Report on vaccination in the Province of Bengal - 1869-1873
Year: 1869
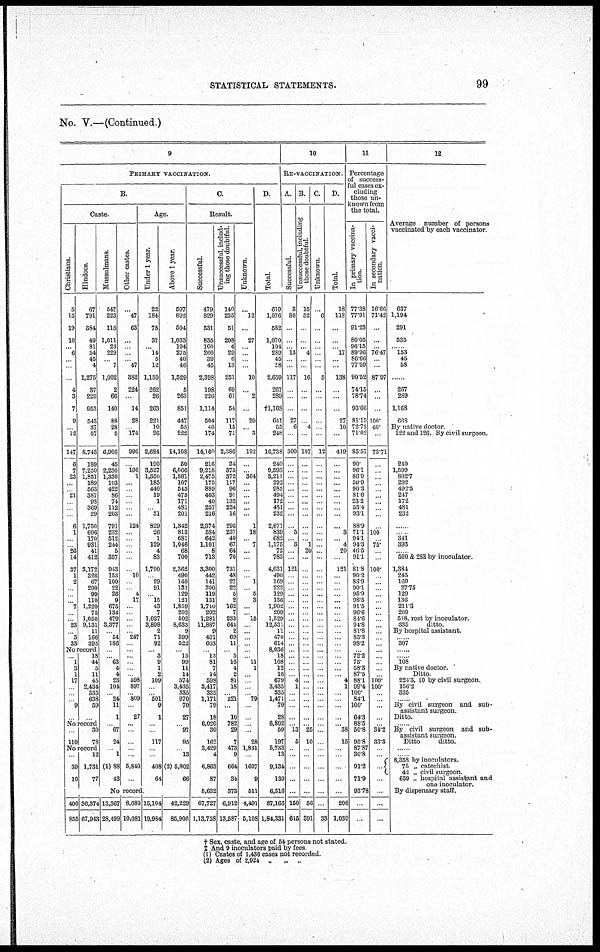
STATISTICAL STATEMENTS.
99
No. V.—(Continued.)
9
PRIMARY VACCINATION.
B.
Caste.
Christians.
5
15
19
10
... 6
...
...
...
4
3
7
9
... 12
147
6
7
23
...
... 21
...
...
...
6
1
...
... 26
14
37
1
2
...
...
... 7
...
... 23
... 3
33
Hindoos.
67
791
384
49
81
54
45
4
1,275
87
220
953
543
37
57
8,743
189
7,250
1,851
189
563
387
98
369
29
1,750
606
170
931
41
412
3,172
326
67
200
99
110
1,220
75
1,050
9,131
11
166
395
No record
... 1
3
1
17
... ...
... 9
...
18
44
5
11
45
2,434
335
638
59
...
No record
...
110
30
78
No record
39
10
12
1,731
77
Mussulmans.
547
223
116
1,011
23
229
... 7
1,002
2
66
140
88
28
5
6,906
45
2,230
1,336
103
422
86
74
112
203
791
232
512
244
5
357
943
153
100
22
26
9
676
134
479
3,377
... 54
186
...
... 63
4
4
23
104
... 24
11
1
... 67
24
... 1
(1)88
43
Other castes.
...
47
63
...
...
...
... 47
382
224
...
14
28
... 174
996
...
106
1
...
...
...
...
...
...
124
...
...
...
...
...
...
10
...
... 4
17
...
...
...
...
... 247
...
...
...
...
...
... 598
897
... 809
...
27
...
...
...
...
...
5,840
...
Age.
Under 1 year.
22
184
78
37
... 14
5
12
1,130
262
26
263
221
10
26
2,684
190
3,527
1,350
185
440
19
1
... 31
829
26
1
129
4
83
1,790
... 29
91
... 15
43
7
1,027
3,898
2
71
92
... 3
9
1
2
109
... ... 501
9
1
...
...
117
...
...
408
64
Above 1 year.
597
892
504
1,033
104
275
40
46
1,529
5
263
851
447
55
222
14,108
50
6,066
1,861
107
545
476
171
481
201
1,842
813
681
1,046
68
700
2,362
490
140
131
129
121
1,859
202
602
8,633
9
399
522
... 15
99
11
14
574
3,435
335
970
70
27
... 97
95
... 13
(2) 5,802
66
No record.
400
855
36,374
67,948
13,367
28,499
8,680
10,081
15,104
19,984
42,229
85,906
C.
Result.
Successful.
479
829
531
835
100
260
39
45
2,398
198
226
1,114
504
40
174
14,160
216
9,218
2,475
175
889
403
40
257
216
2,374
584
642
1,101
8
713
3,300
442
141
200
119
131
1,740
202
1,281
11,887
9
401
603
... 13
81
7
14
598
3,417
335
1,171
79
18
6,020
30
162
3,429
4
6,863
87
5,632
67,727
1,13,758
Unsuccessful, includ-
ing those doubtful.
140
235
51
208
4
29
6
13
251
69
61
54
117
15
71
2,386
24
375
372
117
96
91
132
224
16
296
237
40
67
64
70
731
48
27
22
5
2
162
7
233
644
2
69
11
... 5
16
4
2
81
18
... 221
...
10
782
29
7
473
9
664
34
373
6,912
13,587
Unknown.
...
l2
...
27
...
...
...
...
10
...
2
...
20
... 3
192
...
... 364
...
...
...
...
...
...
1
18
... 7
...
...
...
... 1
... 5
3
...
... 15
...
...
...
...
...
... 11
1
...
...
... ... 79
...
...
... ...
28
1,831
...
1607
9
511
4,491
5,108
D.
Total.
619
1,076
582
1,070
104
289
45
58
2,659
267
289
†l,168
641
65
248
16,738
240
9,593
3,211
292
985
494
172
481
232
2,671
839
682
1,175
72
783
4,031
490
169
222
129
136
1,902
209
1,529
12,531
11
470
614
8,036
18
108
12
16
679
3,435
335
1,471
79
28
6,802
69
197
5,733
13
9,134
130
6,516
87,166
1,84,331
10
RE-VACCINATION.
A.
Successful.
3
80
...
...
... l3
...
...
117
...
...
...
27
6
...
300
...
...
...
...
...
...
...
...
...
...
3
... 3
...
...
121
...
...
...
...
...
...
...
...
...
...
...
...
...
...
...
...
... 4
1
...
...
...
...
... 13
5
...
...
...
...
...
150
615
B.
Unsuccessful, including
those doubtful
15
32
...
...
... 4
...
...
16
...
...
...
...
4
...
107
...
...
...
...
...
...
...
...
...
...
...
... 1
20
...
...
...
...
...
...
...
...
...
...
...
...
...
...
...
...
...
...
...
...
... ...
...
...
...
... 25
10
...
...
...
...
...
56
391
C.
Unknown.
...
6
...
...
...
...
...
...
5
...
...
...
...
...
...
12
...
...
...
...
...
...
...
...
...
...
...
...
...
...
...
...
...
...
...
...
...
...
...
...
...
...
...
...
...
...
...
...
...
...
... ...
...
...
...
...
...
...
...
...
...
...
...
...
33
D.
Total.
18
118
...
...
... 17
...
...
138
...
...
...
27
10
...
419
...
...
...
...
...
...
...
... ...
...
8
... 4
20
...
121
...
...
...
...
...
...
...
...
...
...
...
...
...
...
...
...
... 4
1
...
...
...
...
... 38
15
...
...
...
...
...
206
1,039
11
Percentage
of success-
ful cases ex-
cluding
those un-
known from
the total.
In primary vaccina-
tion.
77.38
77.91
91.23
80.05
96.15
89.96
86.66
77.59
90.52
74.15
78.74
93.66
81.15
72.72
71.02
85.57
90.
96.1
86.9
59.9
90.3
81.6
23.2
53.4
93.1
88.9
71.1
94.1
94.3
46.5
91.1
81.3
90.2
83.9
90.1
95.9
98.5
91.5
96.6
84.6
94.8
81.8
85.3
98.2
... 72.2
75.
68.3
87.5
88.1
99.4
100.
84.1
100.
64.3
88.5
60.8
95.8
87.87
30.8
91.2
71.9
93.78
...
...
In secondary vacci-
nation.
16.66
71.42
...
...
... 76.47
...
...
87.97
...
...
...
100.
60.
...
73.71
...
...
...
...
...
...
...
...
...
...
100
... 75.
...
...
100.
...
...
...
...
...
...
...
...
...
...
...
... ...
...
...
...
... 100.
100.
...
...
...
...
... 34.2
33.3
...
...
...
...
...
...
...
12
Average number of persons
vaccinated by each vaccinator
637
1,194
291
535
... 153
45
58
...
267
289
1,168
668
By native doctor
122 and 126. By civil surgeon
240
1,599
802.7
292
492.5
247
172
481
232
...
... 341
393
... 500 & 283 by inoculator.
1,384
245
169
27.75
129
136
211.8
209
518, rest by inoculator.
335
ditto
By hospital assistant
... 307
...
... 108
By native doctor.
Ditto
224.3, 10 by civil surgeon.
156.2
335
... By civil surgeon and sub¬
assistant surgeon.
Ditto.
... By civil surgeon and sub¬
assistant surgeon.
Ditto
ditto.
...
8,358 by inoculators.
75 „ catechist.
42 „ civil surgeon.
659 „ hospital assistant and
one inoculator.
By dispensary staff.
† Sex, caste, and age of 54 persons not stated.
‡ And 9 inoculators paid by fees
(l) Castes of 1,436 cases not recorded.
(2) Ages of 2,924 „
„ „